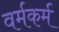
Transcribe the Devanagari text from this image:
वर्मकर्म